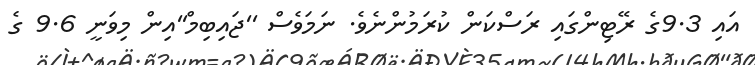
އައި 9.3ގެ ރޭޓިންގައި ރަސްކަން ކުރަމުންނެވެ. ނަމަވެސް ''ޖައިބިމް''އިން މިވަނީ 9.6 ގެ